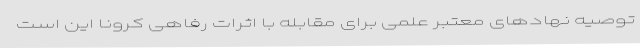
توصیه نهادهای معتبر علمی برای مقابله با اثرات رفاهی کرونا این است